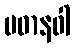
ပဓာနဝါ